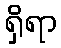
ရှိရာ